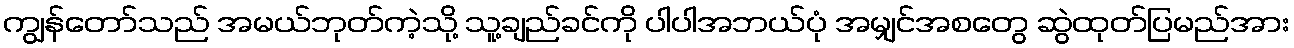
ကျွန်တော်သည် အမယ်ဘုတ်ကဲ့သို့ သူ့ချည်ခင်ကို ပါပါအဘယ်ပုံ အမျှင်အစတွေ ဆွဲထုတ်ပြမည်အား